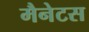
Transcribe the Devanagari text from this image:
मैनेटस